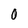
Character: 0